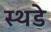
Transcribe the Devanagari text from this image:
स्थडे